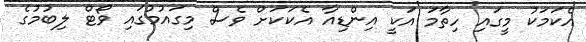
އެކަމަކު މީގައި ހިތާމަ އަކީ އިންޑިއާ އެކަކަށް ވެސް މިގައުމުގައި ވޯޓް ލިބުމުގެ